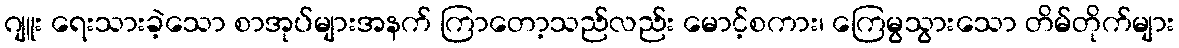
ဂျူး ရေးသားခဲ့သော စာအုပ်များအနက် ကြာတော့သည်လည်း မောင့်စကား၊ ကြေမွသွားသော တိမ်တိုက်များ